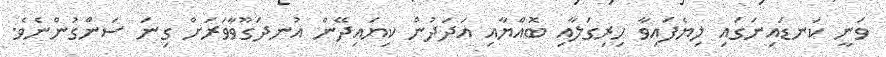
ވަނީ ކަނޑައިނަގައި ލިޔެފައިވާ ހިރިގަލާއި ބޮއްޔާއި އަދަދުން ކިޔައިދޭން އުނދަގޫވާވަރަށް ގިނަ ސަންގުންނެވެ.